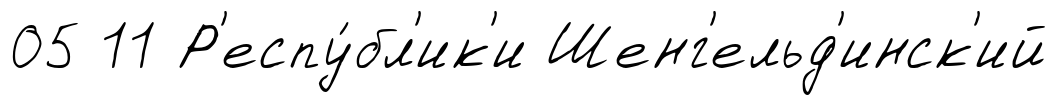
05 11 Р'еспу́бл'ик'и Шенг'ельд'инск'ий